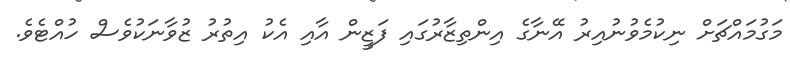
މަގުމައްޗަށް ނިކުމެވުނުއިރު އޭނާގެ އިންތިޒާރުގައި ފަޒީން އާއި އެކު އިތުރު ޒުވާނަކުވެސް ހުއްޓެވެ.